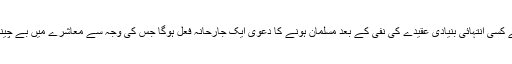
گویا کسی مسلم گروہ کی طرف سے کسی انتہائی بنیادی عقیدے کی نفی کے بعد مسلمان ہونے کا دعویٰ ایک جارحانہ فعل ہوگا جس کی وجہ سے معاشرے میں بے چینی اور انتشار کا خدشہ ہو سکتا ہے۔